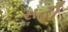
સહી